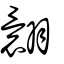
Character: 翾